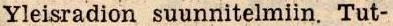
Yleisradion suunnitelmiin. Tut-